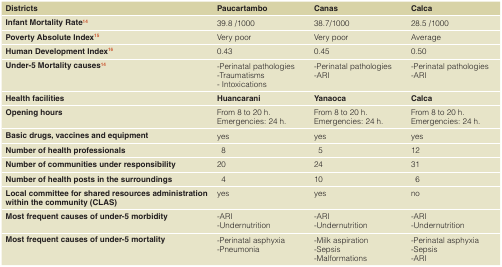
| Districts | Paucartambo | Canas | Calca |
 | --- | --- | --- | --- |
 | Infant Mortality Rate14 | 39.8/1000 | 38.7/1000 | 28.5/1000 |
 | Poverty Absolute Index15 | Very poor | Very poor | Average |
 | Human Development Index16 | 0.43 | 0.45 | 0.50 |
 | Under-5 Mortality causes14 | -Perinatal pathologies-Traumatisms-Intoxications | -Perinatal pathologies-ARI | -Perinatal pathologies-ARI |
 | Health facilities | Huancarani | Yanaoca | Calca |
 | Opening hours | From 8 to 20 h.Emergencies: 24 h. | From 8 to 20 h.Emergencies: 24 h. | From 8 to 20 h.Emergencies: 24 h. |
 | Basic drugs, vaccines and equipment | yes | yes | yes |
 | Number of health professionals | 8 | 5 | 12 |
 | Number of communities under responsibility | 20 | 24 | 31 |
 | Number of health posts in the surroundings | 4 | 10 | 6 |
 | Local committee for shared resources administrationwithin the community (CLAS) | yes | yes | no |
 | Most frequent causes of under-5 morbidity | -ARI-Undernutrition | -ARI-Undernutrition | -ARI-Undernutrition |
 | Most frequent causes of under-5 mortality | -Perinatal asphyxia-Pneumonia | -Milk aspiration-Sepsis-Malformations | -Perinatal asphyxia-Sepsis-ARI |